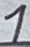
Text: 1